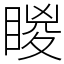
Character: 䁓